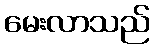
မေးလာသည်